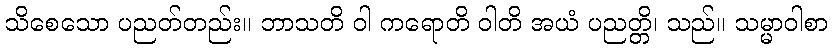
သိစေသော ပညတ်တည်း။ ဘာသတိ ဝါ ကရောတိ ဝါတိ အယံ ပညတ္တိ၊ သည်။ သမ္မာဝါစာ